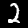
Digit: 2